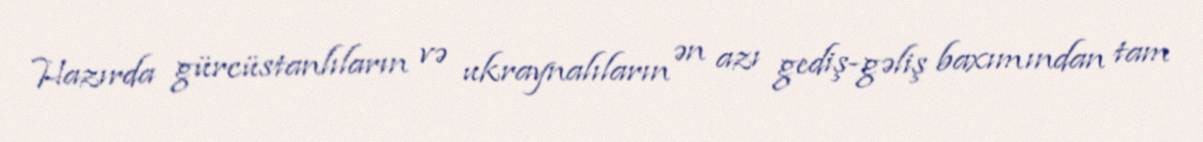
Hazırda gürcüstanlıların və ukraynalıların ən azı gediş-gəliş baxımından tam